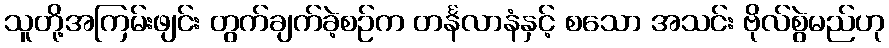
သူတို့အကြမ်းဖျင်း တွက်ချက်ခဲ့စဉ်က တင်္နလာနံနှင့် စသော အသင်း ဗိုလ်စွဲမည်ဟု